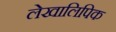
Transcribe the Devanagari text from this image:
लेखालिपिक